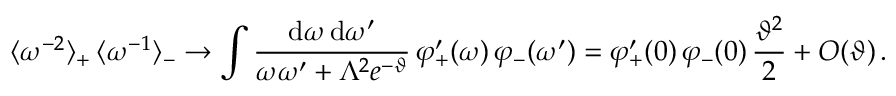
\langle \omega ^ { - 2 } \rangle _ { + } \, \langle \omega ^ { - 1 } \rangle _ { - } \to \int \frac { \mathrm { d } \omega \, \mathrm { d } \omega ^ { \prime } } { \omega \omega ^ { \prime } + \Lambda ^ { 2 } e ^ { - \vartheta } } \, \varphi _ { + } ^ { \prime } ( \omega ) \, \varphi _ { - } ( \omega ^ { \prime } ) = \varphi _ { + } ^ { \prime } ( 0 ) \, \varphi _ { - } ( 0 ) \, \frac { \vartheta ^ { 2 } } { 2 } + O ( \vartheta ) \, .